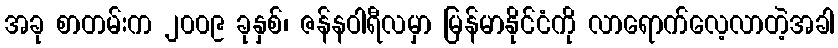
အခု စာတမ်းက ၂၀၀၉ ခုနှစ်၊ ဇန်နဝါရီလမှာ မြန်မာနိုင်ငံကို လာရောက်လေ့လာတဲ့အခါ